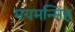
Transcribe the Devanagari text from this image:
मयमन्सिंह